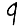
Digit: 9